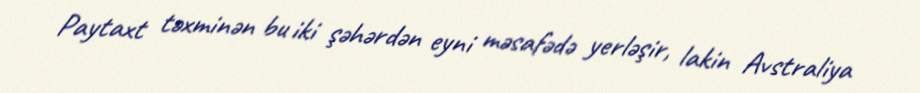
Paytaxt təxminən bu iki şəhərdən eyni məsafədə yerləşir, lakin Avstraliya